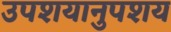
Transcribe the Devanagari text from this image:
उपशयानुपशय